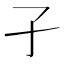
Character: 孑